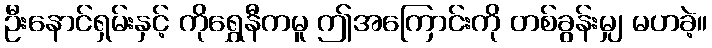
ဦးနောင်ရှမ်းနှင့် ကိုရွှေနီကမူ ဤအကြောင်းကို တစ်ခွန်းမျှ မဟခဲ့။